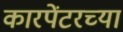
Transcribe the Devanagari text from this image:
कारपेंटरच्या